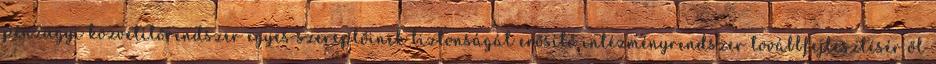
pénzügyi közvetítőrendszer egyes szereplőinek biztonságát erősítő intézményrendszer továbbfejlesztésér ől